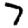
Digit: 7